system: You are a helpful assistant.
user:
Analyze the provided spectrum to determine if it is a **Carbon Star (C-type)**.

- **Key Visual Indicators of Carbon Star:**
    - **(Primary):** Strong molecular absorption from **C₂ (diatomic carbon) "Swan Bands."** This is the **defining feature** of a carbon star.
        - **(Key Bandheads):** Sharp absorption edges are visible at approximately $5635$ Å, $5165$ Å (the strongest band), and $4737$ Å.
        - **(Line Profile):** Creates a distinct **"saw-tooth"** pattern. The key morphology is a sharp, steep bandhead on the **red (long-wavelength) side**, which then gradually tapers off (i.e., flux recovers) towards the **blue (short-wavelength) side**. *(This is the direct opposite of the TiO bands seen in M-type stars)*.

    - **(Secondary):** Intense **CN (cyanogen)** molecular absorption bands.
        - **(Key Bandheads):** Located in the blue and violet regions of the spectrum (e.g., near $4215$ Å and $3883$ Å).
        - **(Morphology):** These bands are extremely broad and act as a "blanket," absorbing the vast majority of blue and violet light. This creates a characteristic **"cliff"** or **"steep drop-off"** in the spectrum's flux at short wavelengths.

    - **(Key Confirmation):** Strong **CH absorption band (G-band)**.
        - **(Key Bandhead):** Located around $4300$ Å. The contribution from CH molecules to this band is exceptionally strong.

    - **(Overall Spectrum):**
        - The continuum is severely "chopped up" by these deep molecular bands, especially C₂, rather than appearing as a smooth curve.
        - Due to the heavy CN and C₂ absorption in the blue-green, the vast majority of the star's flux is concentrated in the red part of the spectrum, giving the star its characteristic deep red color.

Think first, call **spectral_visualization_tool** if needed to examine features in detail, then provide your final answer. Your response must adhere to the following strict rules:
1.  **Overall Structure:** Your response must follow the format `<think>...</think> <tool_call>...</tool_call> (if a tool is used) <answer>...</answer>`.
2.  **Tool Usage Constraint:** You may only make **one** tool call per turn.
3.  **Final Answer Format:** In the `<answer>` tag, your conclusion must be inside a `\boxed{}` command (e.g., `\boxed{YES}`), followed by your justification.

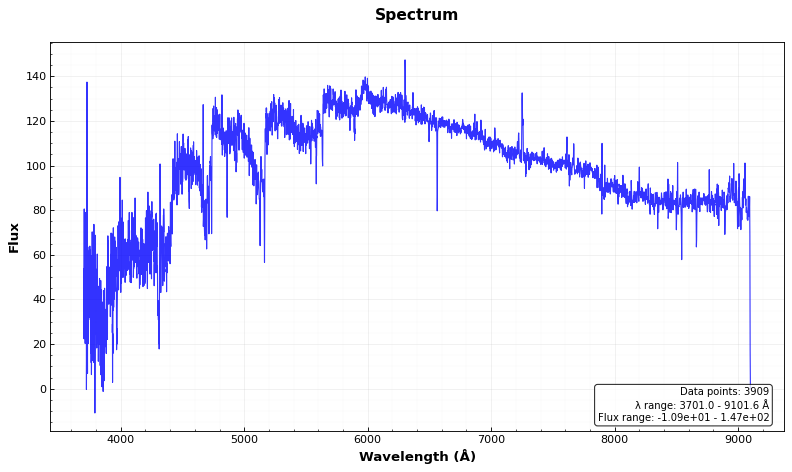
Answer: YES